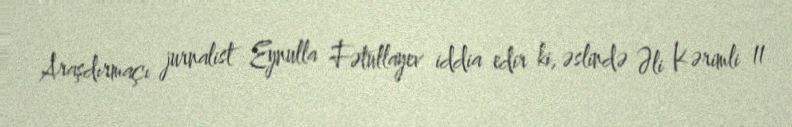
Araşdırmaçı jurnalist Eynulla Fətullayev iddia edir ki, əslində Əli Kərimli 11